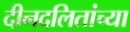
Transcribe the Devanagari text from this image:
दीनदलितांच्या